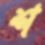
শ